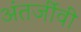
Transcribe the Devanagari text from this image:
अंतर्जीवी